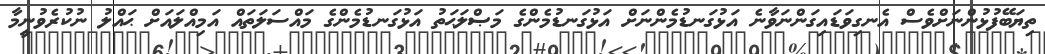
ތިޔަބޭފުޅުންނަށްވެސް އެނގިވަޑައިގަންނަވާނެ އަޅުގަނޑުމެންނަށް އަޅުގަނޑުމެންގެ މަޞްލަޙަތު އަޅުގަނޑުމެންގެ މައްސަލަތައް އަމިއްލައަށް ޙައްލު ނުކުރެވުނީމާ